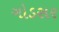
ગોડસર